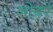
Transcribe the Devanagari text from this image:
नोबरे